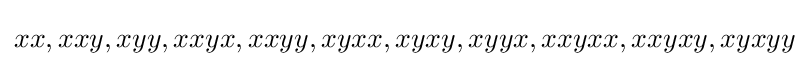
xx,xxy,xyy,xxyx,xxyy,xyxx,xyxy,xyyx,xxyxx,xxyxy,xyxyy